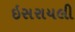
ઇસરાયલી